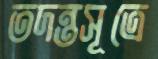
তদন্তসূত্রে